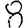
Digit: 8